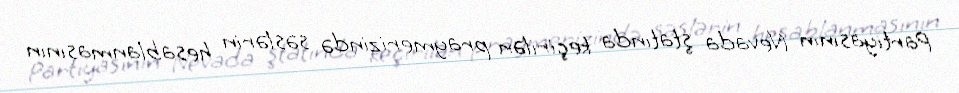
Partiyasının Nevada ştatında keçirilən praymerizində səslərin hesablanmasının